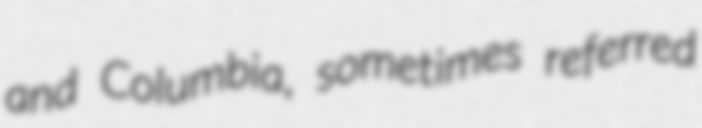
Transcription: and Columbia, sometimes referred